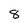
Character: 8